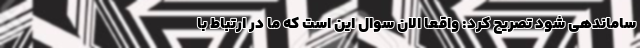
ساماندهی شود تصریح کرد: واقعا الان سوال این است که ما در ارتباط با